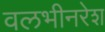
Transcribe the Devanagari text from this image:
वलभीनरेश